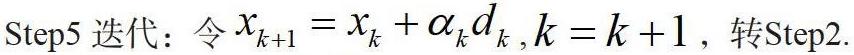
Step5 迭代：令 $x_{k+1}=x_{k}+\alpha_{k}d_{k},k = k + 1$，转Step2.